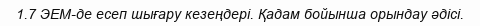
1.7 ЭЕМ-де есеп шығару кезеңдері. Қадам бойынша орындау әдісі.